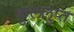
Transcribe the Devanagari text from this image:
कुललुप्त